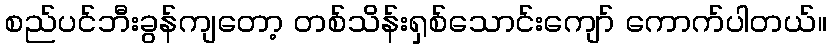
စည်ပင်ဘီးခွန်ကျတော့ တစ်သိန်းရှစ်သောင်းကျော် ကောက်ပါတယ်။